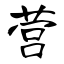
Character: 营